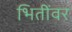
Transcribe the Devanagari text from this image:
भितींवर